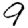
Digit: 9